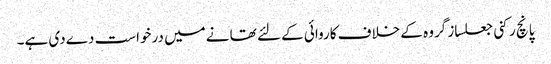
پانچ رکنی جعلساز گروہ کے خلاف کاروائی کے لئے تھا نےمیں درخواست دےدی ہے۔